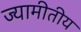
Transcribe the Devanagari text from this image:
ज्यामीतीय